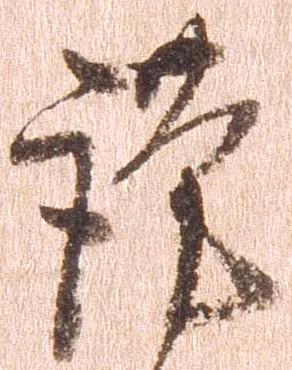
謹